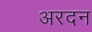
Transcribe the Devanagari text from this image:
अरदन